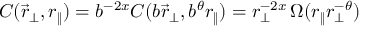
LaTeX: C ( \vec { r } _ { \perp } , r _ { \| } ) = b ^ { - 2 x } C ( b \vec { r } _ { \perp } , b ^ { \theta } r _ { \| } ) = r _ { \perp } ^ { - 2 x } \, \Omega ( r _ { \| } r _ { \perp } ^ { - \theta } )